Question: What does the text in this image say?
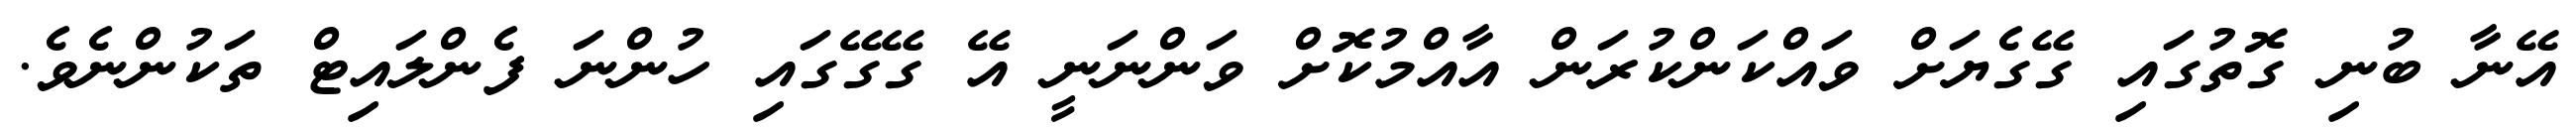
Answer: އޭނާ ބުނި ގޮތުގައި ގޭގެޔަށް ވައްކަންކުރަން އާއްމުކޮށް ވަންނަނީ އޭ ގޭގޭގައި ހުންނަ ފެންލައިޓް ތަކުންނެވެ.